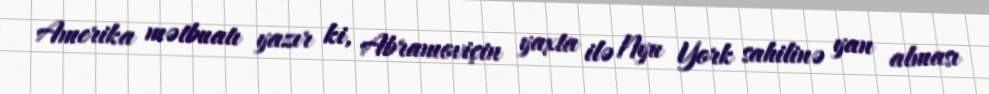
Amerika mətbuatı yazır ki, Abramoviçin yaxta ilə Nyu York sahilinə yan alması